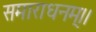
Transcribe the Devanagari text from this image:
समाराधनम्।।